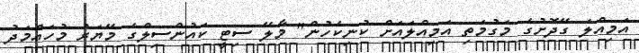
އަމިއްލަ ގޭދޮށުގެ މަގުމަތި އަމިއްލައަށް ކުނިކެހުން" މާލޭ ސިޓީ ކައުންސިލްގެ މޭޔަރު މުހައްމަދު